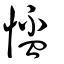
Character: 𢝙